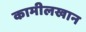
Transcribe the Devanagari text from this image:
कामीलखान